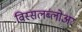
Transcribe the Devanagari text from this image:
विस्सलब्लोअर